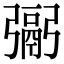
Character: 䰜